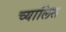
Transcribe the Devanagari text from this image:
च्यालिस